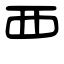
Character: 覀